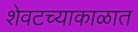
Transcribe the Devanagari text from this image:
शेवटच्याकाळात